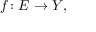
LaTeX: f \colon E \to Y ,